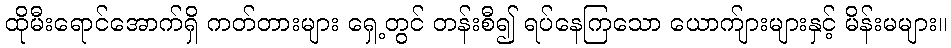
ထိုမီးရောင်အောက်ရှိ ကတ်တားများ ရှေ့တွင် တန်းစီ၍ ရပ်နေကြသော ယောက်ျားများနှင့် မိန်းမများ။